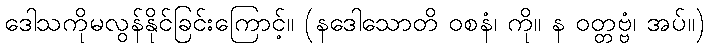
ဒေါသကိုမလွန်နိုင်ခြင်းကြောင့်။ (နဒေါသောတိ ဝစနံ၊ ကို။ န ဝတ္တဗ္ဗံ၊ အပ်။)